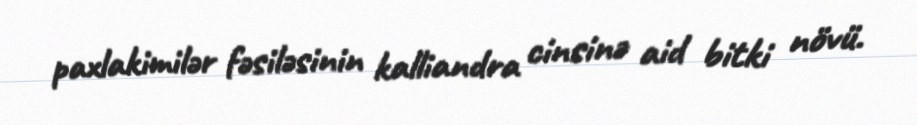
paxlakimilər fəsiləsinin kalliandra cinsinə aid bitki növü.